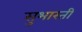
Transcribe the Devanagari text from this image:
सुभारती